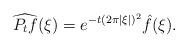
LaTeX: \begin{align*}\widehat{P_t f}(\xi) = e^{-t(2\pi|\xi|)^2} \hat f(\xi).\end{align*}